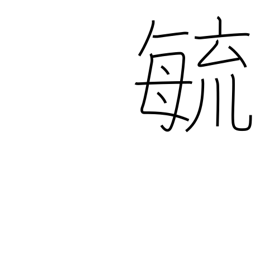
Meaning: grow up